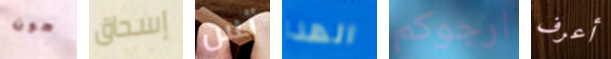
هون إسحاق تس الهذا ارجوكم أعرف